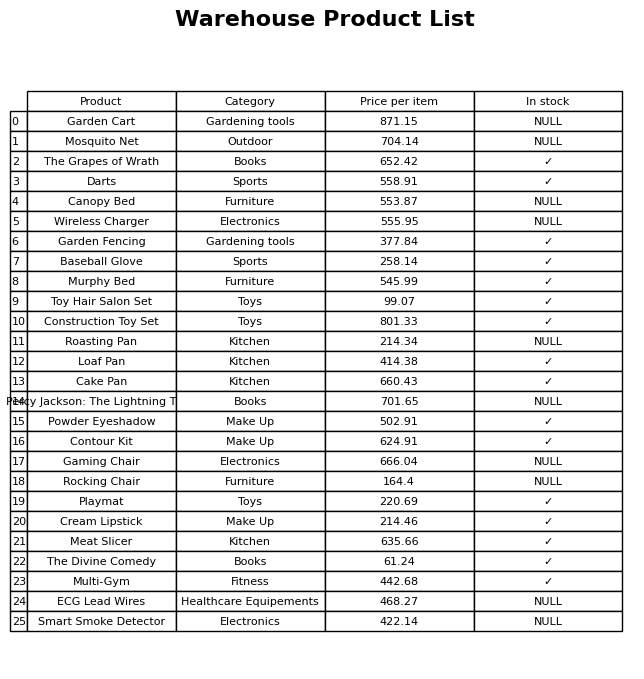
question: What is the price of the Smart Smoke Detector?
answer: The price of Smart Smoke Detector is 422.14.